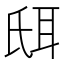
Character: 𦕌